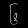
Digit: ၆